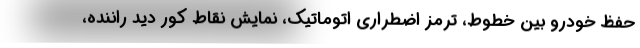
حفظ خودرو بین خطوط، ترمز اضطراری اتوماتیک، نمایش نقاط کور دید راننده،